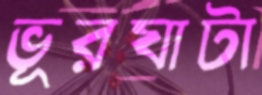
ভূরঘাটা